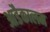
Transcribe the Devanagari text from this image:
आडैकालम